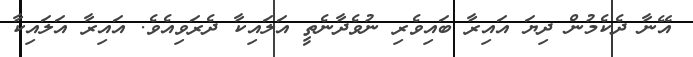
އޭނާ ދެކެމުން ދިޔަ އައިރާ ބައިވެރި ނުވެދާނެތީ އަލައިކާ ދެރަވިއެވެ. އައިރާ އަލައިކާ